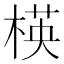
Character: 楧